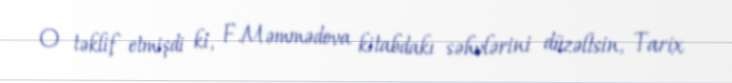
O təklif etmişdi ki, F.Məmmədova kitabdakı səhvlərini düzəltsin, Tarix